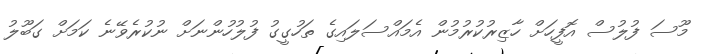
މޫސަ ފުލުސް އޮފީހަށް ހާޒިރުކުރުމުން އެމައްސަލައިގެ ތަހުގީގު ފުލުހުންނަށް ނުކުރެވޭނެ ކަމަށް ގަބޫލު